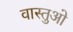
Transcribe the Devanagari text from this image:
वास्तुओ